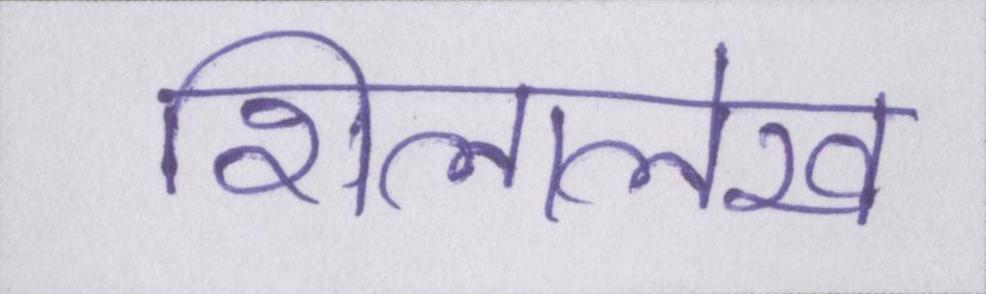
शिलालेख